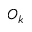
O _ { k }